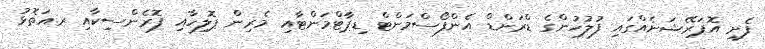
ފެށި އޮޕަރޭޝަނެއްގައި ފުލުހުންގެ ޑްރަންޑް އެންފޯސްމަންޓް ޑިޕާޓްމަންޓާއި މެރިން ޕޮލިހާއި ފޮރެންސިކާއި ރ.އަތޮޅު